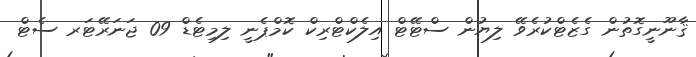
ޤާނޫނީގޮތުން ގެޒެޓްކުރެވޭ ލިޔުން ސްޓޭޓް އިލެކްޓްރިކް ކޮމްޕެނީ ލިމިޓެޑް 09 ޖަނަރޭޓަރ ސެޓް